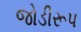
જોડીરૂપ